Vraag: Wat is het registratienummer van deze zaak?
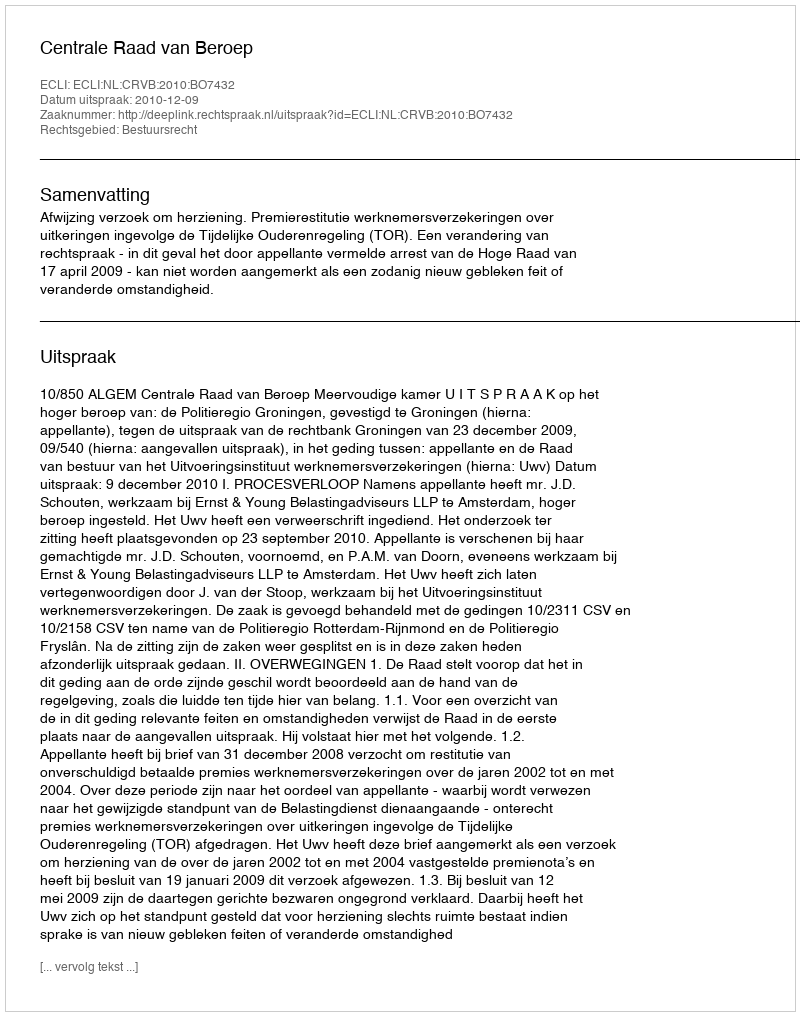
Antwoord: http://deeplink.rechtspraak.nl/uitspraak?id=ECLI:NL:CRVB:2010:BO7432